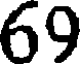
69